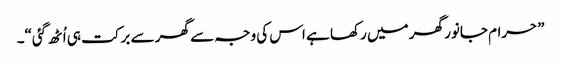
”حرام جانور گھر میں رکھا ہے اس کی وجہ سے گھر سے برکت ہی اُٹھ گئی“۔